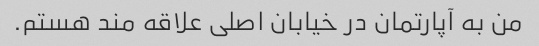
من به آپارتمان در خیابان اصلی علاقه مند هستم.